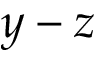
y - z